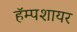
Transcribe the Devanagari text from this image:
हॅम्पशायर